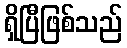
ရှိပြီဖြစ်သည်